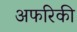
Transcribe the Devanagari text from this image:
अफरिकी